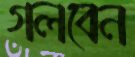
গলবেন